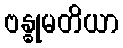
ဗန္ဓုမတိယာ